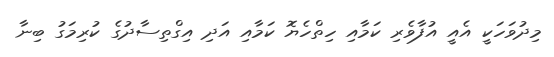
މިދުވަހަކީ އެއީ އުފާވެރި ކަމާއި ހިތްހެޔޮ ކަމާއި އަދި އިގްތިސާދުގެ ކުރިމަގު ބިނާ